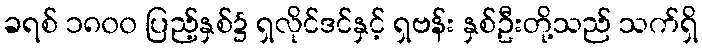
ခရစ် ၁၈၀၀ ပြည့်နှစ်၌ ရှလိုင်ဒင်နှင့် ရှဗန်း နှစ်ဦးတို့သည် သက်ရှိ